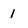
Character: 1